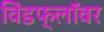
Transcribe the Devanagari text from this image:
विंडफ्लॉवर